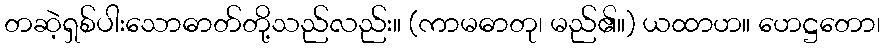
တဆဲ့ရှစ်ပါးသောဓာတ်တို့သည်လည်း။ (ကာမဓာတု၊ မည်၏။) ယထာဟ။ ဟေဋ္ဌတော၊